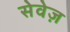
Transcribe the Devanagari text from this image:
सेवेज़